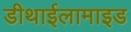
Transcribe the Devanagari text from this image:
डीथाईलामाइड